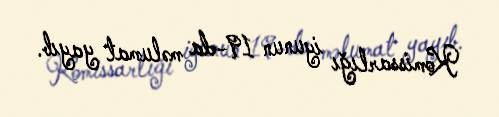
Komissarlığı iyunun 19-da məlumat yayıb.